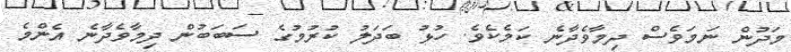
މަދުން ނަމަވެސް ދިމާވެދާނެ ކަމެކެވެ. ހުޅު ބަދަލު ކުރުމުގެ ސަބަބުން ދިމާވެދާނެ އެންމެ